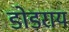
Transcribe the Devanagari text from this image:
डोडराय